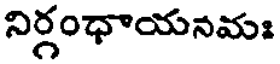
నిర్గంధాయనమః